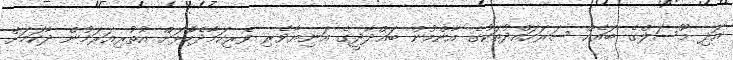
އަދި މޫސަލްގެ ބައެއް ސަރަހައްދުތަކުގެ އާންމުން ބަޣްދާދީގެ އަނިޔާވެރި ވެރިކަމާދެކޮޅަށް އުތުރިއަރަމުން ދާކަމަށް